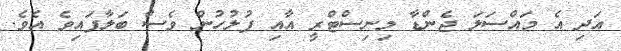
އަދި އެ މައްސަލަ ޖެންޑާ މިނިސްްޓްރީ އާއި ފުލުހުން ވެސް ބަލާފައިވެ އެވެ.